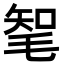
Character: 㲛